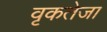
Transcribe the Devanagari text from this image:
वृकतेजा